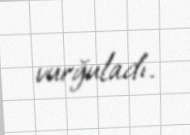
vurğuladı.